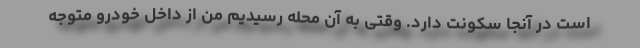
است در آنجا سکونت دارد. وقتی به آن محله رسیدیم من از داخل خودرو متوجه